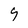
Character: 9